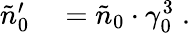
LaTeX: \begin{array}{rl}{\tilde{n}_{0}^{\prime}}&{{}=\tilde{n}_{0}\cdot\gamma_{0}^{3}\; .}\end{array}